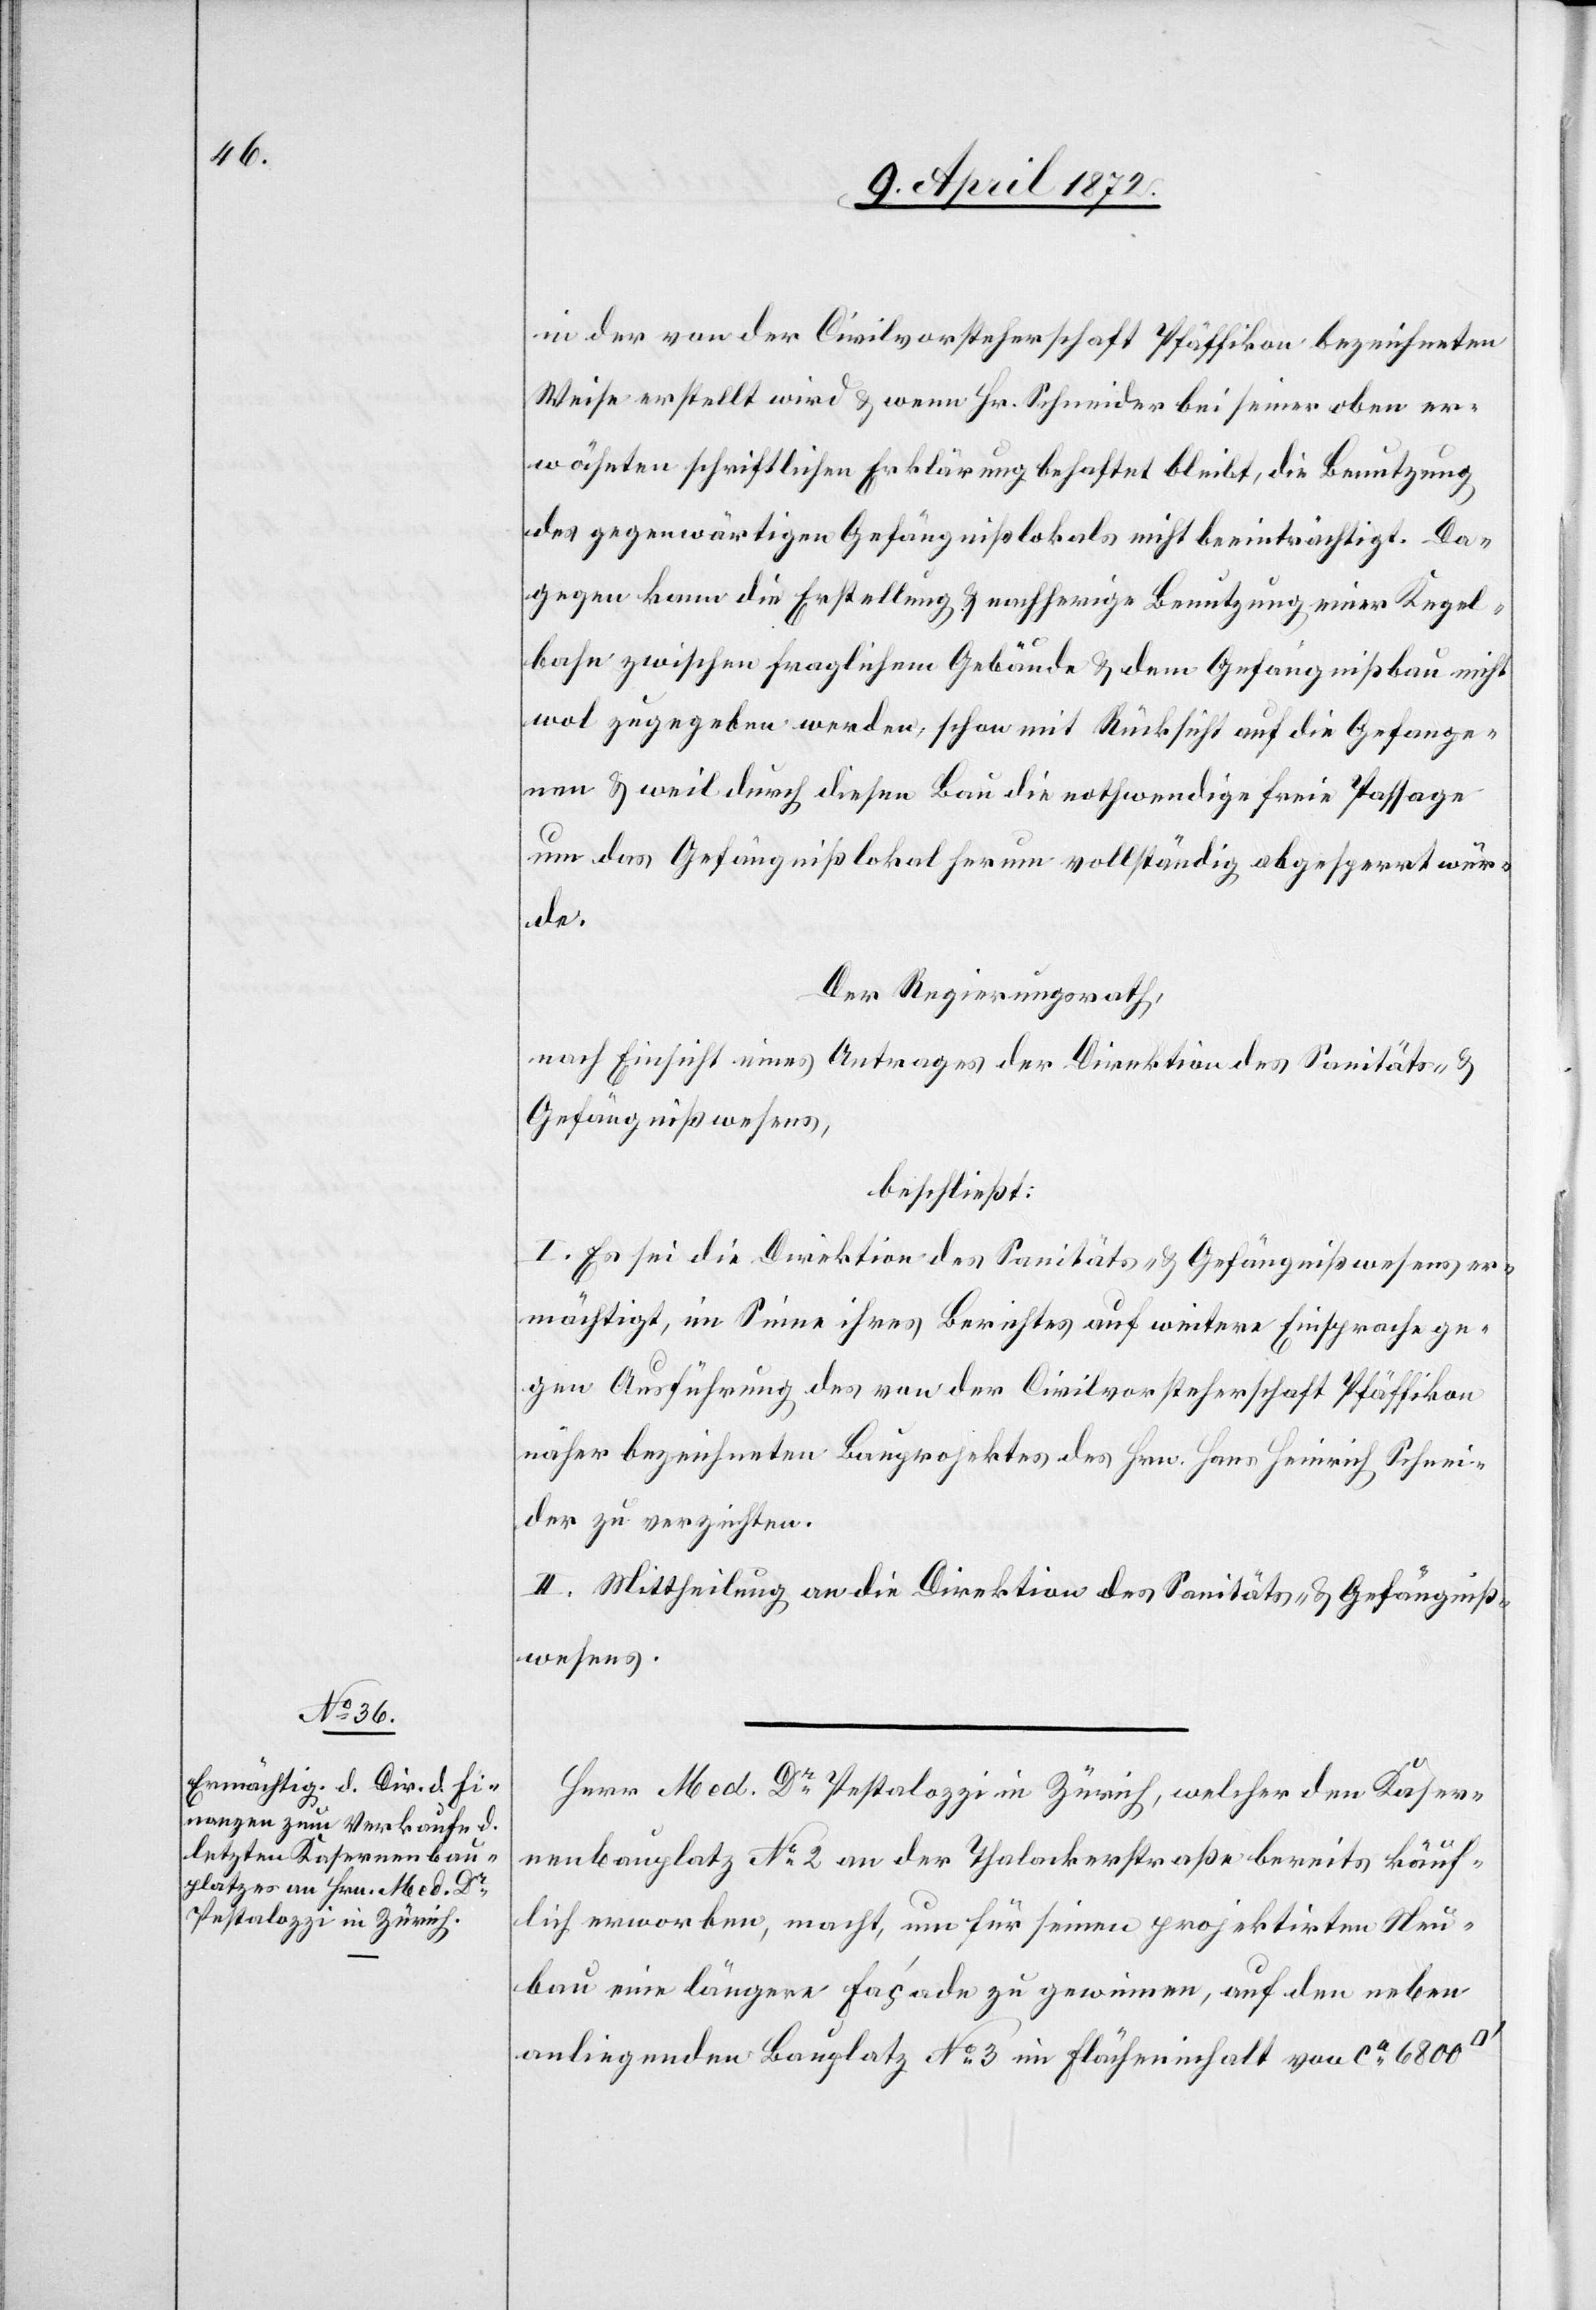
in der von der Civilvorsteherschaft Pfäffikon bezeichneten
Weise erstellt wird u. wenn Hr. Schneider bei seiner oben er¬
wähnten schriftlichen Erklärung behaftet bleibt, die Benutzung
des gegenwärtigen Gefängnißlokals nicht beeinträchtigt. Da¬
gegen kann die Erstellung u. nachherige Benutzung einer Kegel¬
bahn zwischen fraglichem Gebäude u. dem Gefängnißbau nicht
wol zugegeben werden, schon mit Rücksicht auf die Gefange¬
nen u. weil durch diesen Bau die nothwendige freie Passage
um das Gefängnißlokal herum vollständig abgesperrt wür¬
de.
Der Regierungsrath,
nach Einsicht eines Antrages der Direktion des Sanitäts- u.
Gefängnißwesens,
beschließt:
I. Es sei die Direktion des Sanitäts- u. Gefängnißwesens er¬
mächtigt, im Sinne ihres Berichtes auf weitere Einsprachen ge¬
gen Ausführung des von der Civilvorsteherschaft Pfäffikon
näher bezeichneten Bauprojektes des Hrn. Hans Heinrich Schnei¬
der zu verzichten.
II. Mittheilung an die Direktion des Sanitäts- u. Gefängniß¬
wesens.
Herr Med. Dr Pestalozzi in Zürich, welcher den Kaser¬
nenbauplatz No 2 an der Thalackerstraße bereits käuf¬
lich erworben, macht, um für seinen projektirten Neu¬
bau eine längere Façade zu gewinnen, auf den neben
anliegenden Bauplatz No 3 im Flächeninhalt von ca 6800